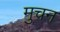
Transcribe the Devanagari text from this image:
मुचन